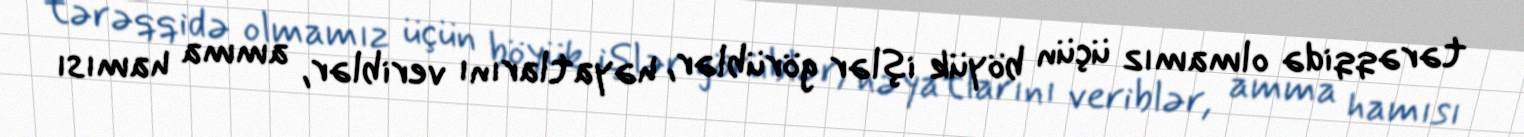
tərəqqidə olmamız üçün böyük işlər görüblər, həyatlarını veriblər, amma hamısı